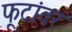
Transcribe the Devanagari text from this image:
फूटांवर